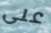
على